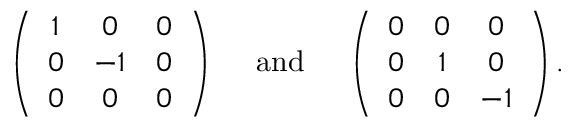
\left( \begin{array} { c c c } { { 1 } } & { { 0 } } & { { 0 } } \\ { { 0 } } & { { - 1 } } & { { 0 } } \\ { { 0 } } & { { 0 } } & { { 0 } } \end{array} \right) \quad \mathrm { ~ a n d ~ } \quad \left( \begin{array} { c c c } { { 0 } } & { { 0 } } & { { 0 } } \\ { { 0 } } & { { 1 } } & { { 0 } } \\ { { 0 } } & { { 0 } } & { { - 1 } } \end{array} \right) .